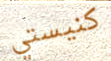
كنيستي